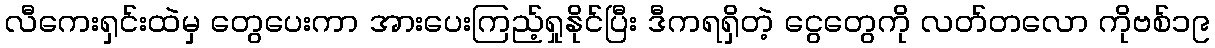
လီကေးရှင်းထဲမှ တွေပေးကာ အားပေးကြည့်ရှုနိုင်ပြီး ဒီကရရှိတဲ့ ငွေတွေကို လတ်တလော ကိုဗစ်၁၉